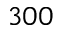
3 0 0